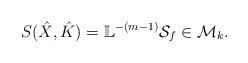
LaTeX: \begin{align*} S(\hat{X},\hat{K})=\mathbb{L}^{-(m-1)}\mathcal{S}_f\in \mathcal{M}_k.\end{align*}